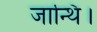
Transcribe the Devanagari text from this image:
जान्थि।